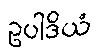
ဥပါဒိယံ